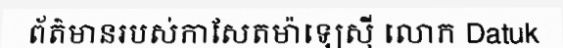
ព័ត៌មានរបស់កាសែតម៉ាឡេស៊ី លោក Datuk